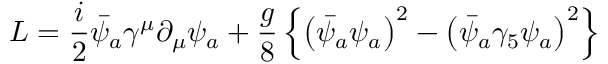
{ \cal L } = { \frac { i } { 2 } } \bar { \psi } _ { a } \gamma ^ { \mu } \partial _ { \mu } \psi _ { a } + { \frac { g } { 8 } } \left\{ \left( \bar { \psi } _ { a } \psi _ { a } \right) ^ { 2 } - \left( \bar { \psi } _ { a } \gamma _ { 5 } \psi _ { a } \right) ^ { 2 } \right\}